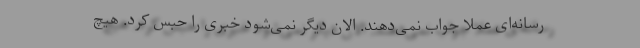
رسانه‌ای عملا جواب نمی‌دهند. الان دیگر نمی‌شود خبری را حبس کرد. هیچ